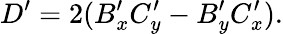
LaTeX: D^{\prime}=2(B_{x}^{\prime}C_{y}^{\prime}-B_{y}^{\prime}C_{x}^{\prime}).